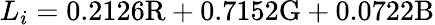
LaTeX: L_{i}=0.2126\mathrm{R}+0.7152\mathrm{G}+0.0722\mathrm{B}